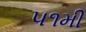
૫૧મી